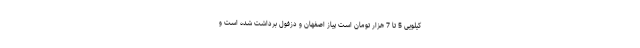
کیلویی 5 تا 7 هزار تومان است پیاز اصفهان و دزفول برداشت شده است و